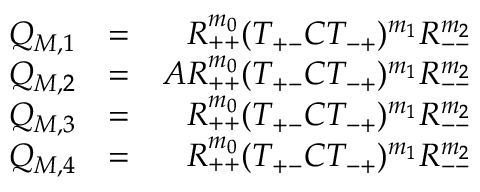
\begin{array} { r l r } { Q _ { M , 1 } } & { = } & { R _ { + + } ^ { m _ { 0 } } ( T _ { + - } C T _ { - + } ) ^ { m _ { 1 } } R _ { -- } ^ { m _ { 2 } } } \\ { Q _ { M , 2 } } & { = } & { A R _ { + + } ^ { m _ { 0 } } ( T _ { + - } C T _ { - + } ) ^ { m _ { 1 } } R _ { -- } ^ { m _ { 2 } } } \\ { Q _ { M , 3 } } & { = } & { R _ { + + } ^ { m _ { 0 } } ( T _ { + - } C T _ { - + } ) ^ { m _ { 1 } } R _ { -- } ^ { m _ { 2 } } } \\ { Q _ { M , 4 } } & { = } & { R _ { + + } ^ { m _ { 0 } } ( T _ { + - } C T _ { - + } ) ^ { m _ { 1 } } R _ { -- } ^ { m _ { 2 } } } \end{array}